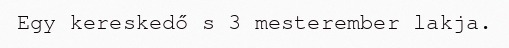
Egy kereskedő s 3 mesterember lakja.